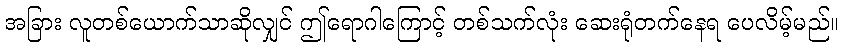
အခြား လူတစ်ယောက်သာဆိုလျှင် ဤရောဂါကြောင့် တစ်သက်လုံး ဆေးရုံတက်နေရ ပေလိမ့်မည်။